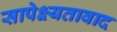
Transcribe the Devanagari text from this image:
सापेक्ष्यतावाद